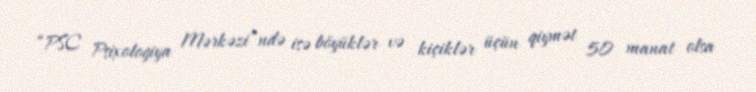
“PSC Psixologiya Mərkəzi”ndə isə böyüklər və kiçiklər üçün qiymət 50 manat olsa